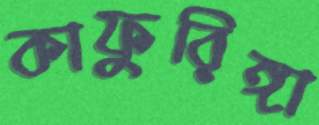
কাফুরিঙ্গা